Triennial report on the lunatic asylums in the province of Eastern Bengal and Assam - 1903-1911
Year: 1903
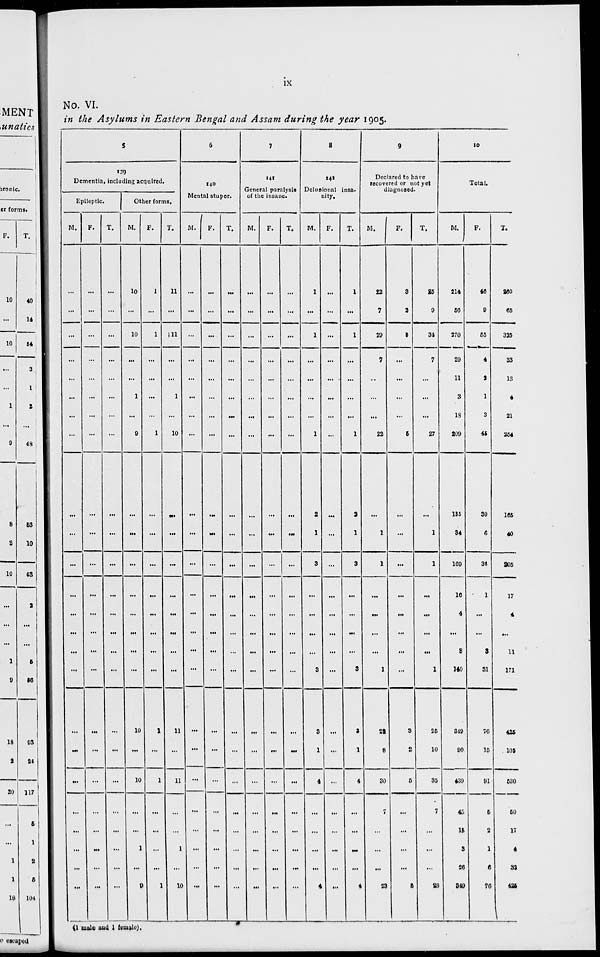
ix
No. VI.
in the Asylums in Eastern Bengal and Assam during the year 1905.
5
139
Dementia, including acquired.
Epileptic.
M.
...
...
...
...
...
...
...
...
...
...
...
...
...
...
...
...
...
...
...
...
...
...
...
...
F.
...
...
...
...
...
...
...
...
...
...
...
...
...
...
...
...
...
...
...
...
...
...
...
...
T.
...
...
...
...
...
...
...
...
...
...
...
...
...
...
...
...
...
...
...
...
...
...
...
...
Other forms.
M.
10
...
10
...
...
1
...
9
...
...
...
...
...
...
...
...
10
...
10
...
...
1
...
9
F.
1
...
1
...
...
...
...
1
...
...
...
...
...
...
...
...
1
...
1
...
...
...
...
1
T.
11
...
11
...
...
1
...
10
...
...
...
...
...
...
...
...
11
...
11
...
...
1
...
10
6
140
Mental stupor.
M.
...
...
...
...
...
...
...
...
...
...
...
...
...
...
...
...
...
...
...
...
...
...
...
...
F.
...
...
...
...
...
...
...
...
...
...
...
...
...
...
...
...
...
...
...
...
...
...
...
...
T.
...
...
...
...
...
...
...
...
...
...
...
...
...
...
...
...
...
...
...
...
...
...
...
...
7
141
General paralysis
of the insane.
M.
...
...
...
...
...
...
...
...
...
...
...
...
...
...
...
...
...
...
...
...
...
...
...
...
F.
...
...
...
...
...
...
...
...
...
...
...
...
...
...
...
...
...
...
...
...
...
...
...
...
T.
...
...
...
...
...
...
...
...
...
...
...
...
...
...
...
...
...
...
...
...
...
...
...
...
8
142
Delusional insa-
nity.
M.
1
...
1
...
...
...
...
1
2
1
3
...
...
...
...
3
3
1
4
...
...
...
...
4
F.
...
...
...
...
...
...
...
...
...
...
...
...
...
...
...
...
...
...
...
...
...
...
...
...
T.
1
...
1
...
...
...
...
1
2
1
3
...
...
...
...
3
3
1
4
...
...
...
...
4
9
Declared to have
recovered or not yet
diagnosed.
M.
22
7
29
7
...
...
...
22
...
1
1
...
...
...
...
1
22
8
30
7
...
...
...
23
F.
3
2
5
...
...
...
...
5
...
...
...
...
...
...
...
...
3
2
5
...
...
...
...
5
T.
25
9
34
7
...
...
...
27
...
1
1
...
...
...
...
1
25
10
35
7
...
...
...
28
10
Total.
M.
214
56
270
29
11
3
18
209
135
34
169
16
4
...
8
140
349
90
439
45
15
3
26
349
F.
46
9
55
4
2
1
3
45
30
6
36
1
...
...
3
31
76
15
91
5
2
1
6
76
T.
260
65
325
33
13
4
21
254
165
40
205
17
4
...
11
171
425
105
530
50
17
4
32
425
(1 male and 1 female).